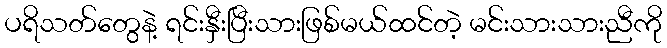
ပရိသတ်တွေနဲ့ ရင်းနှီးပြီးသားဖြစ်မယ်ထင်တဲ့ မင်းသားသားညီကို